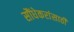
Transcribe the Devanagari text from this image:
सौंधेकरांसाठी